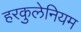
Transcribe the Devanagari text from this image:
हरकुलेनियम